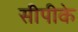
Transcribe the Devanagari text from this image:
सीपीके